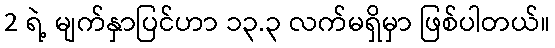
2 ရဲ့ မျက်နှာပြင်ဟာ ၁၃.၃ လက်မရှိမှာ ဖြစ်ပါတယ်။